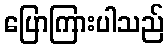
ပြောကြားပါသည်